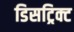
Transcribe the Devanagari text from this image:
डिसट्रिक्ट